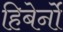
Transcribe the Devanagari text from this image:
हिबेर्नो